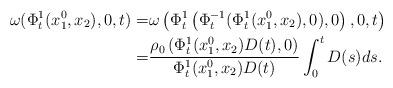
LaTeX: \begin{align*}\omega(\Phi_t^1(x_1^0,x_2),0,t)=&\omega\left(\Phi_t^1\left(\Phi_t^{-1} (\Phi_t^1(x_1^0,x_2),0),0\right),0,t\right)\\=&\frac{\rho_0\left(\Phi_t^{1}(x^0_1,x_2)D(t),0\right)}{{\Phi_t^1(x_1^0,x_2)D(t)}}\int_0^tD(s)ds.\end{align*}